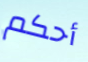
أحكم